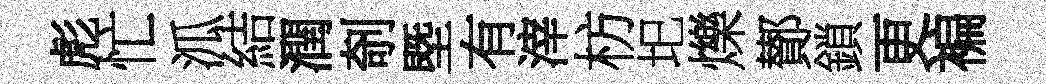
彪忙泒結潤剞塈有滓枋圯爍鄼鎖更褊